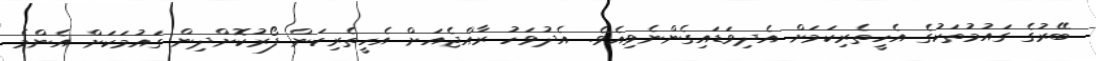
ބޭރުގެ ގައުމުތަކުގެ އެހީތެރިކަމަށް އެދިވަޑައިގެންނެވިއެވެ. އެދުވަހު ރާއްޖެއަށް އެހީތެރިކަން ފޯރުކޮށްދިން ގައުމަކަށް އެންމެ